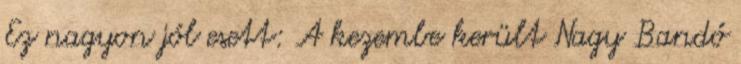
Ez nagyon jól esett: A kezembe került Nagy Bandó